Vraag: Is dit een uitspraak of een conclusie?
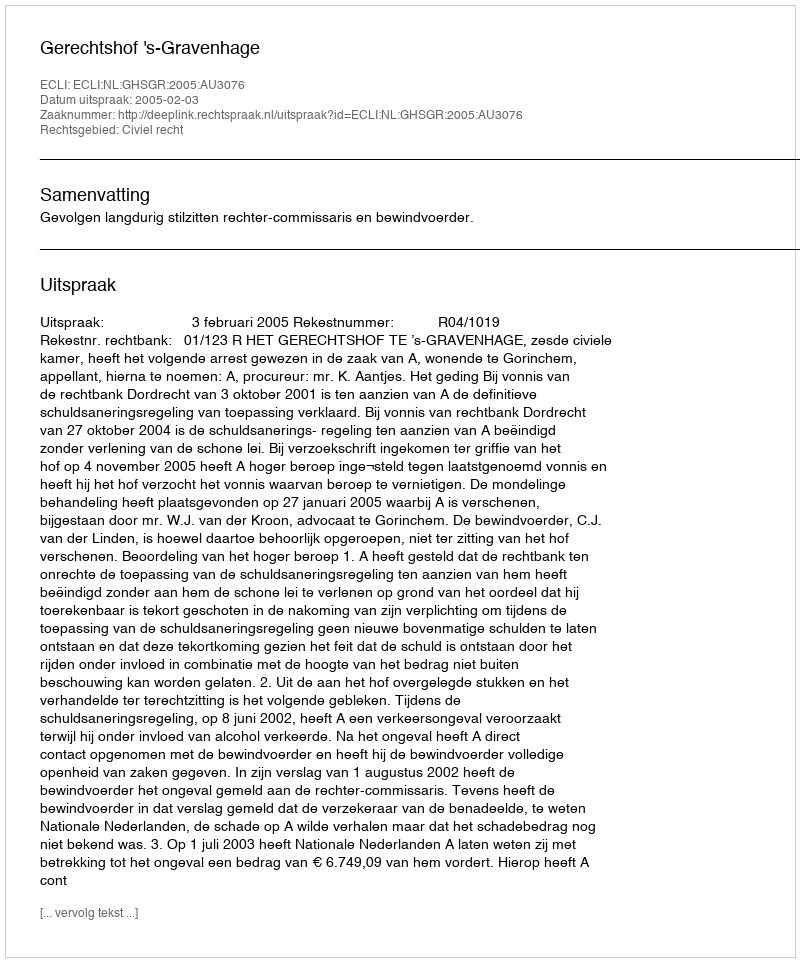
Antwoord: Uitspraak